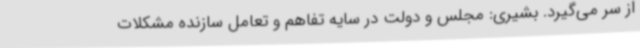
از سر می‌گیرد. بشیری: مجلس و دولت در سایه تفاهم و تعامل سازنده مشکلات